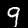
Digit: 9